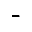
-